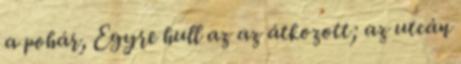
a pohár, Egyre hull az az átkozott; az utcán